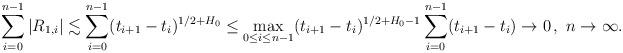
LaTeX: \begin{align*}\sum_{i=0}^{n-1} |R_{1,i} |\lesssim \sum_{i=0}^{n-1} (t_{i+1}-t_i)^{{1/2}+ H_0} \leq \max_{0\le i\le n-1} (t_{i+1}-t_i)^{{1/2}+ H_0-1}\sum_{i=0}^{n-1} (t_{i+1}-t_i) \to 0\,,\ n\to \infty.\end{align*}